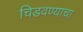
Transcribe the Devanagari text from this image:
चिडवण्याचा